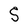
Character: S